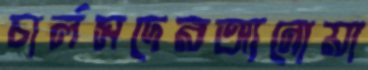
চার্লসদেরআনোয়া